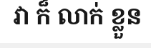
វា ក៏ លាក់ ខ្លួន